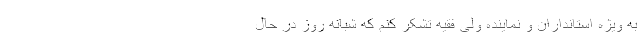
به ویژه استانداران و نماینده ولی فقیه تشکر کنم که شبانه روز در حال